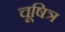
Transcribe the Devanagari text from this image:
चूषित्र